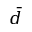
\bar { d }